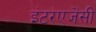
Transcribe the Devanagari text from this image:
इंटरएजेंसी